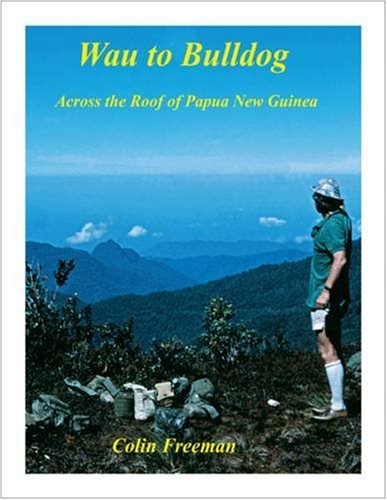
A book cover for Wau to Bulldog: Across the Roof of Papua New Guinea; Colin Freeman; History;